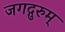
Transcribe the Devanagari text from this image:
जगद्गुरुम्